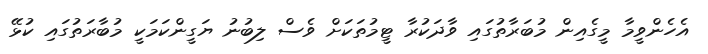
އެހެންވީމާ މީގެއިން މުބަރާތުގައި ވާދަކުރާ ޓީމުތަކަށް ވެސް ލިބުނު ޔަގީންކަމަކީ މުބާރަތުގައި ކުޅޭ